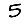
Digit: 5